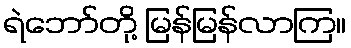
ရဲဘော်တို့ မြန်မြန်လာကြ။